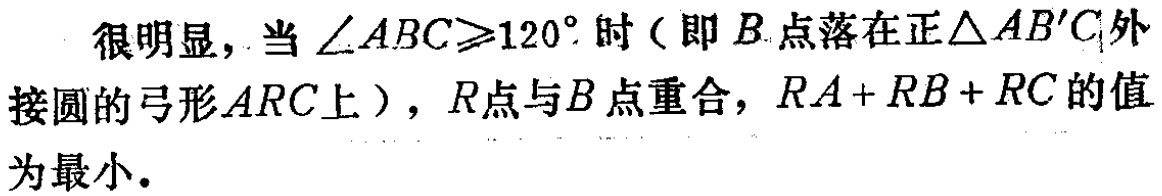
很明显，当\(\angle ABC\geqslant120^{\circ}\)时（即\(B\)点落在正\(\triangle AB'C\)外接圆的弓形\(ARC\)上），\(R\)点与\(B\)点重合，\(RA + RB + RC\)的值为最小。